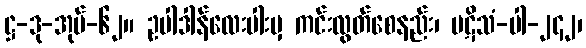
ဋ္ဌ-ဒု-အုပ်-၆၂။ ဥပါဒါန်လေးပါးမှ ကင်းလွတ်စေနည်း၊ ပဋိသံ-ပါ-၂၄၂၊